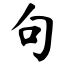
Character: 句